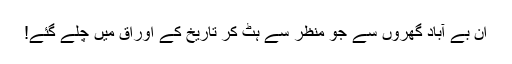
ان بے آباد گھروں سے جو منظر سے ہٹ کر تاریخ کے اوراق میں چلے گئے!